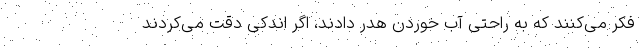
فکر می‌کنند که به راحتی آب خوردن هدر دادند، اگر اندکی دقت می‌کردند